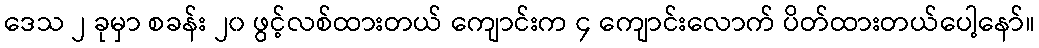
ဒေသ ၂ ခုမှာ စခန်း ၂၀ ဖွင့်လစ်ထားတယ် ကျောင်းက ၄ ကျောင်းလောက် ပိတ်ထားတယ်ပေါ့နော်။